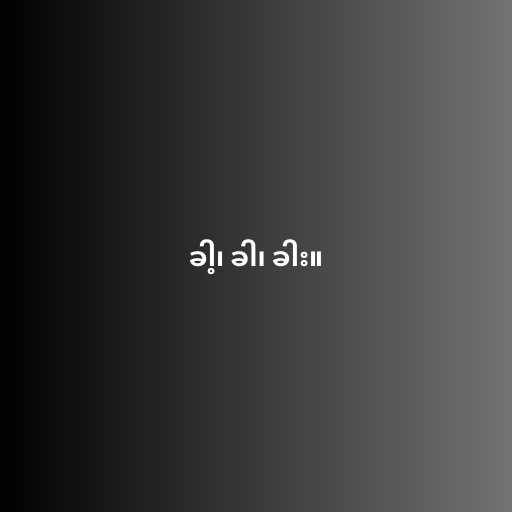
ခါ့၊ ခါ၊ ခါး။